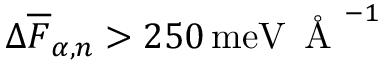
\Delta \overline { { F } } _ { \alpha , n } > 2 5 0 \, \mathrm { m e V } \, \mathrm { ~ \AA ~ } ^ { - 1 }